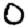
Digit: 0